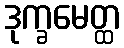
ဒုက္ခမေတ္ထ